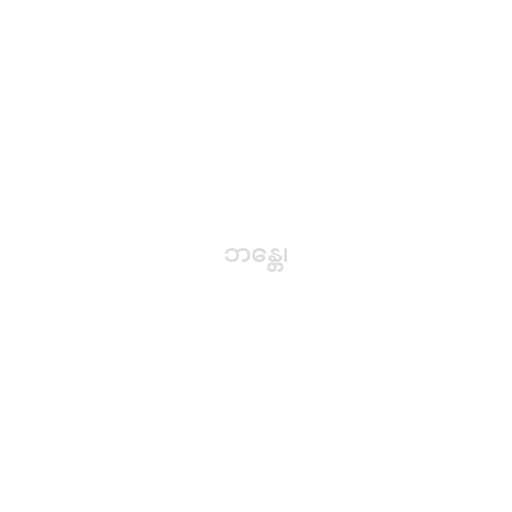
ဘန္တေ၊